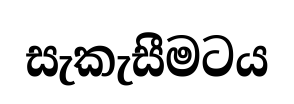
සැකැසීමටය